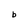
Character: b